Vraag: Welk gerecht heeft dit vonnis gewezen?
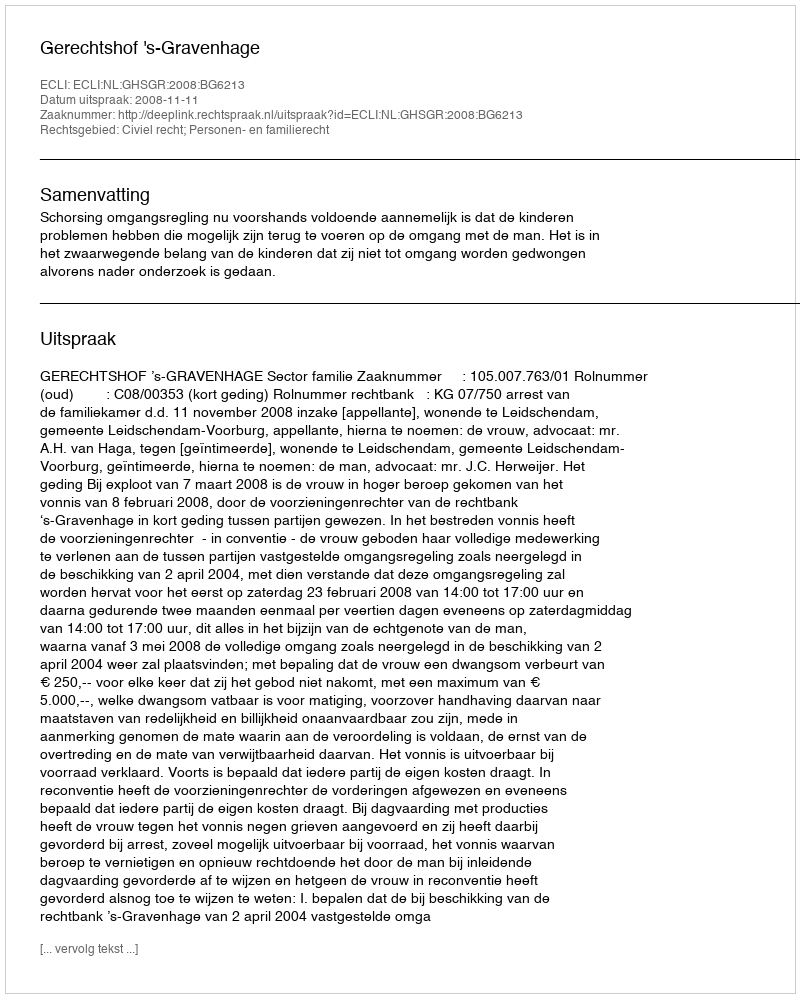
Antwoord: Gerechtshof 's-Gravenhage